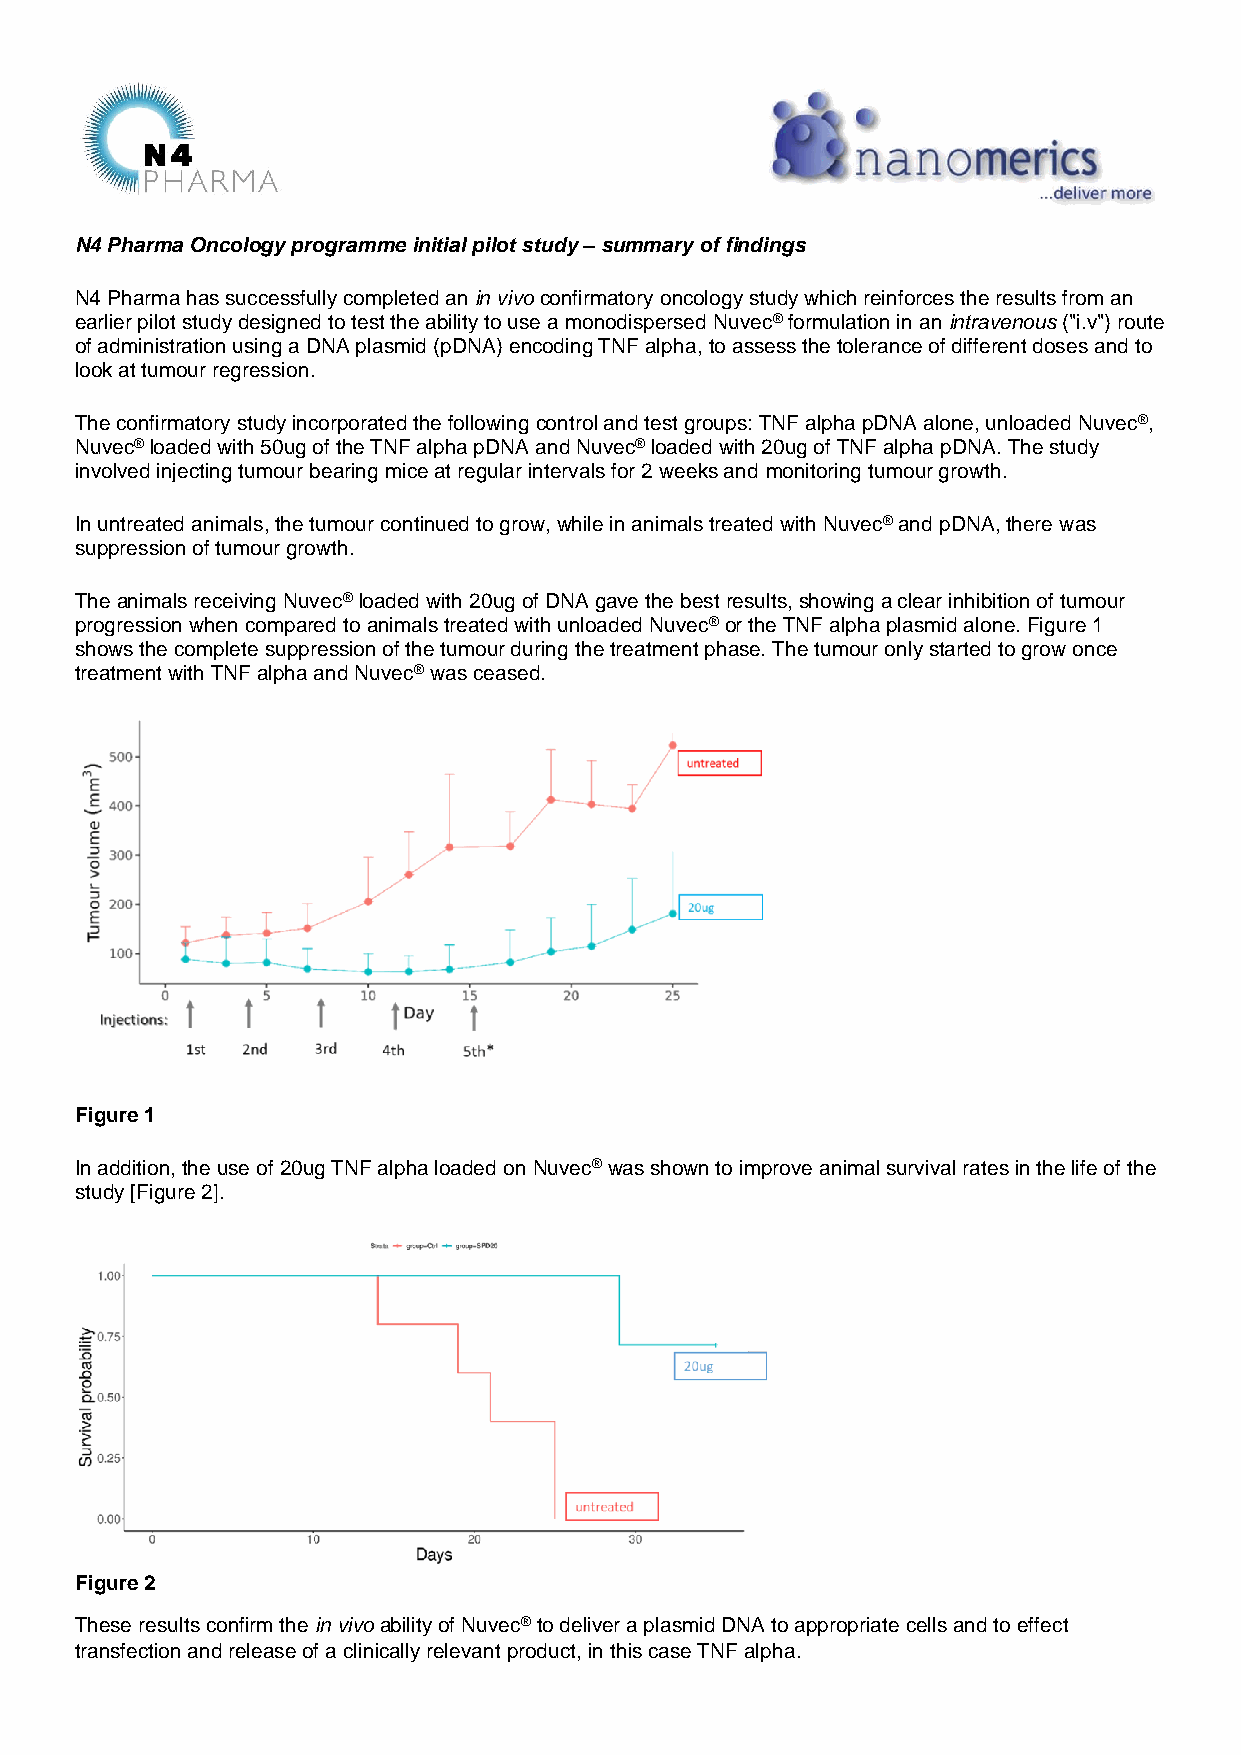
N4 Pharma Oncology programme initial pilot study – summary of findings
 N4 Pharma has successfully completed an in vivo confirmatory oncology study which reinforces the results from an
 earlier pilot study designed to test the ability to use a monodispersed Nuvec® formulation in an intravenous ("i.v") route
 of administration using a DNA plasmid (pDNA) encoding TNF alpha, to assess the tolerance of different doses and to
 look at tumour regression.
 The confirmatory study incorporated the following control and test groups: TNF alpha pDNA alone, unloaded Nuvec®,
 Nuvec® loaded with 50ug of the TNF alpha pDNA and Nuvec® loaded with 20ug of TNF alpha pDNA. The study
 involved injecting tumour bearing mice at regular intervals for 2 weeks and monitoring tumour growth.
 In untreated animals, the tumour continued to grow, while in animals treated with Nuvec® and pDNA, there was
 suppression of tumour growth.
 The animals receiving Nuvec® loaded with 20ug of DNA gave the best results, showing a clear inhibition of tumour
 progression when compared to animals treated with unloaded Nuvec® or the TNF alpha plasmid alone. Figure 1
 shows the complete suppression of the tumour during the treatment phase. The tumour only started to grow once
 treatment with TNF alpha and Nuvec® was ceased.
 Figure 1
 In addition, the use of 20ug TNF alpha loaded on Nuvec® was shown to improve animal survival rates in the life of the
 study [Figure 2].
 Figure 2
 These results confirm the in vivo ability of Nuvec® to deliver a plasmid DNA to appropriate cells and to effect
 transfection and release of a clinically relevant product, in this case TNF alpha.